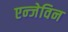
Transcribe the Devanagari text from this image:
एन्जेविन